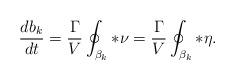
LaTeX: \begin{align*}\frac{db_k}{dt}=\frac{\Gamma}{V} \oint_{\beta_k} *\nu=\frac{\Gamma}{V} \oint_{\beta_k} *\eta.\end{align*}